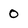
Character: 0